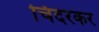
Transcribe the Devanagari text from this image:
चिदरकर